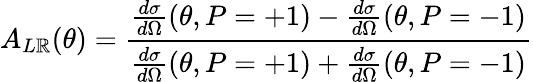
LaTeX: A_{L\mathbb{R}}(\theta)=\frac{{\frac{{d\sigma}}{{d\Omega}}(\theta,P=+1)-\frac{{d\sigma}}{{d\Omega}}(\theta,P=-1)}}{{\frac{{d\sigma}}{{d\Omega}}(\theta,P=+1)+\frac{{d\sigma}}{{d\Omega}}(\theta,P=-1)}}